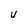
Character: V